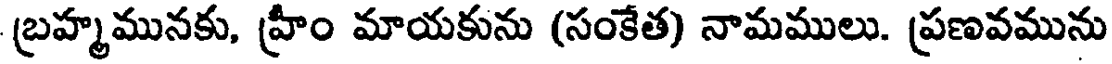
బ్రహ్మమునకు, హ్రీం మాయకును (సంకేత) నామములు. ప్రణవమును